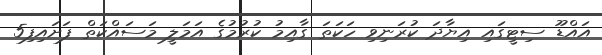
އައްޑޫ ސިޓީގައި އިޔާދަ ކުރަނިވި ހަކަތަ ގާއިމު ކުރުމުގެ އަމަލީ މަސައްކަތް ފަށައިފި5